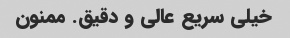
خیلی سریع عالی و دقیق. ممنون